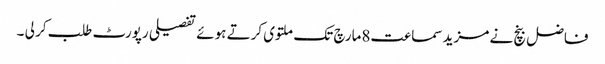
فاضل بنچ نے مزید سماعت8مارچ تک ملتوی کرتے ہوئے تفصیلی رپورٹ طلب کر لی ۔